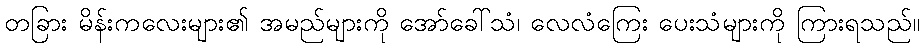
တခြား မိန်းကလေးများ၏ အမည်များကို အော်ခေါ်သံ၊ လေလံကြေး ပေးသံများကို ကြားရသည်။